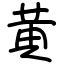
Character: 黄